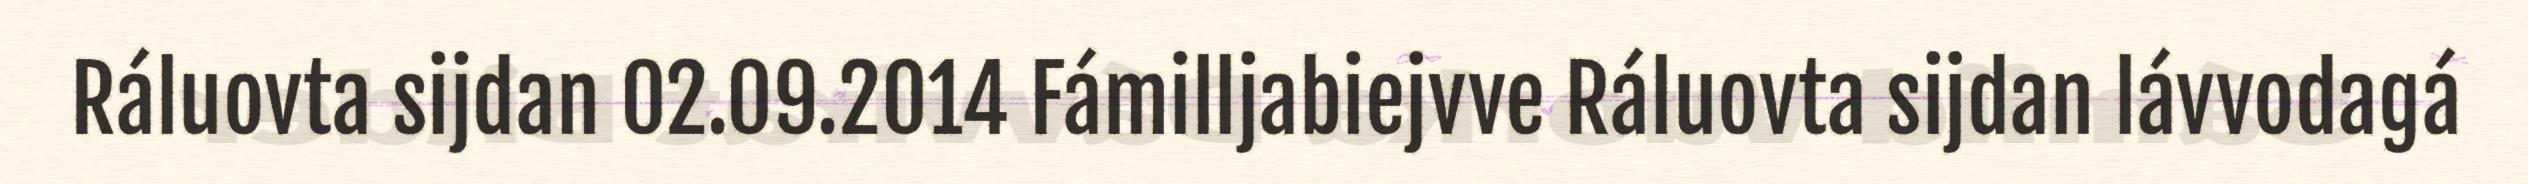
Ráluovta sijdan 02.09.2014 Fámilljabiejvve Ráluovta sijdan lávvodagá